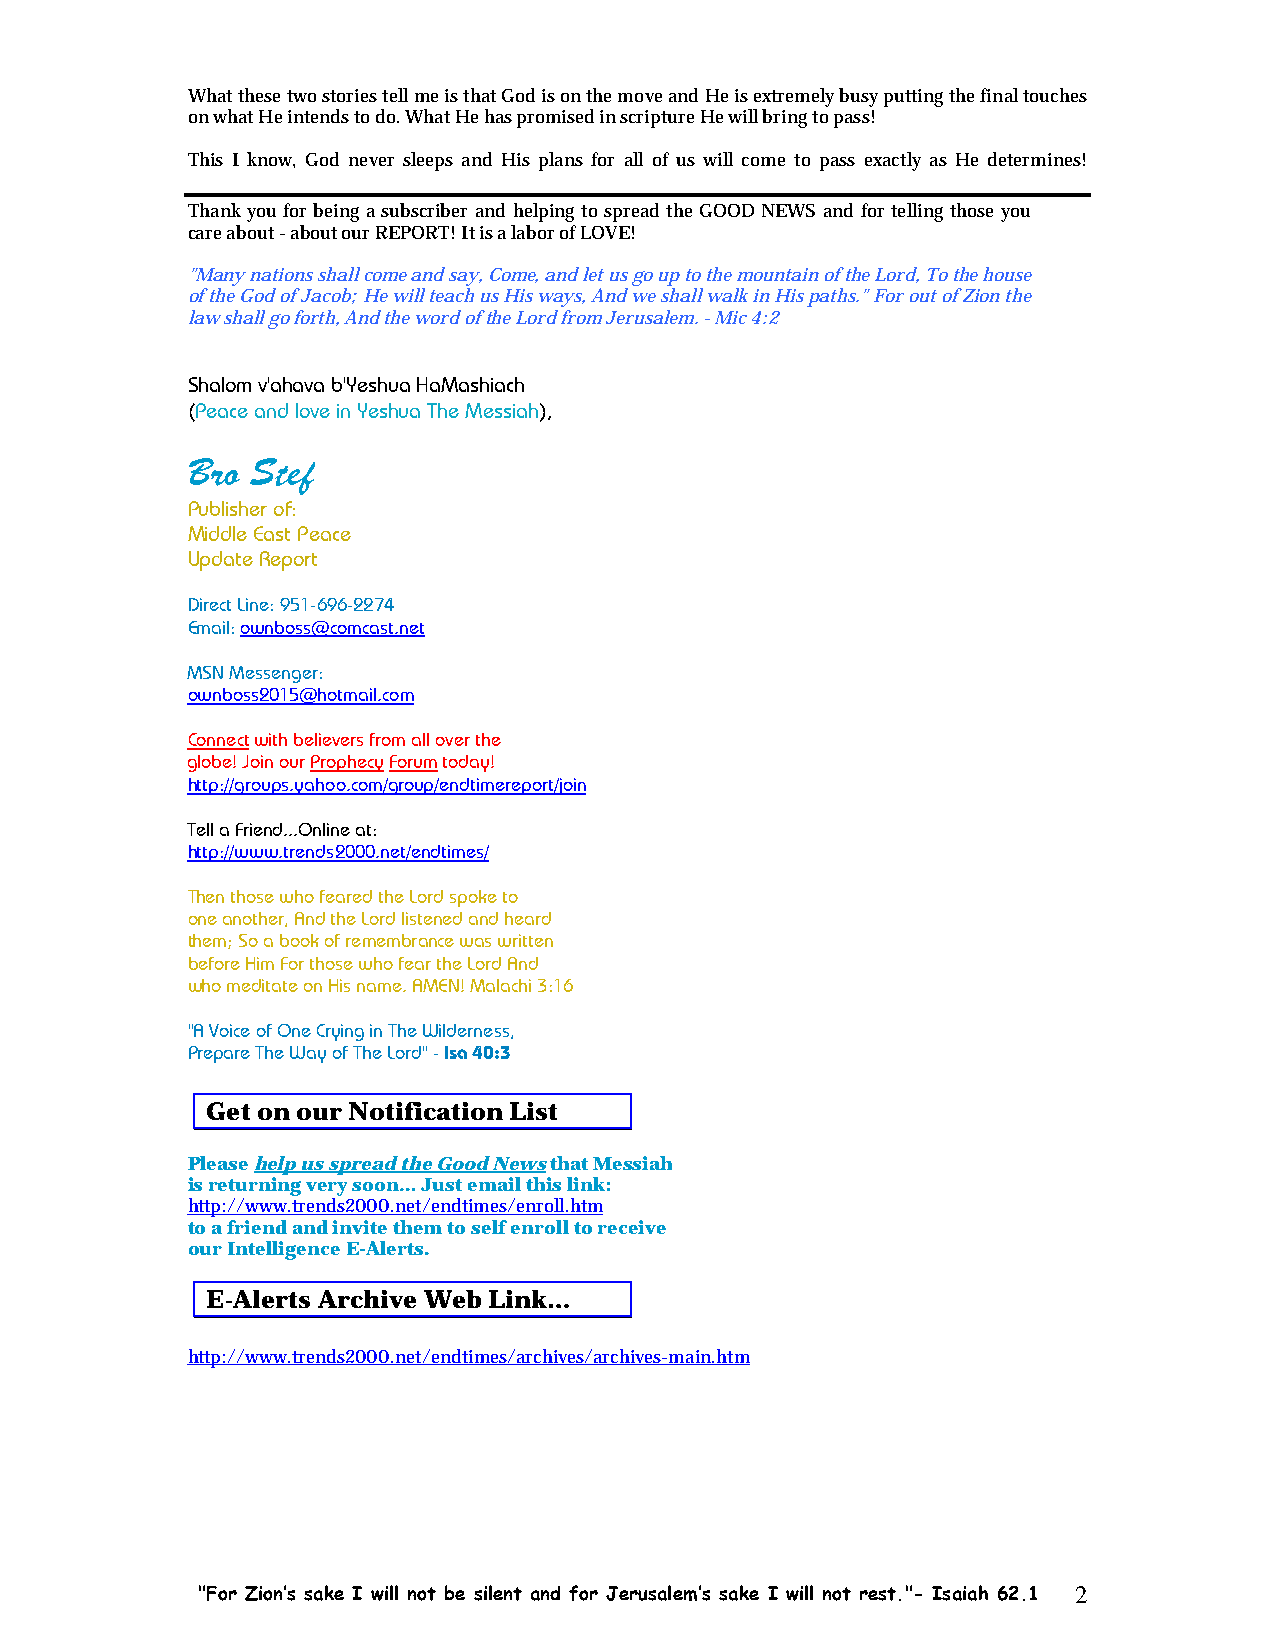
What these two stories tell me is that God is on the move and He is extremely busy putting the final touches
 on what He intends to do. What He has promised in scripture He will bring to pass!
 This I know, God never sleeps and His plans for all of us will come to pass exactly as He determines!
 Thank you for being a subscriber and helping to spread the GOOD NEWS and for telling those you
 care about - about our REPORT! It is a labor of LOVE!
 "Many nations shall come and say, Come, and let us go up to the mountain of the Lord, To the house
 of the God of Jacob; He will teach us His ways, And we shall walk in His paths." For out of Zion the
 law shall go forth, And the word of the Lord from Jerusalem. - Mic 4:2
 Shalom v'ahava b'Yeshua HaMashiach
 (Peace and love in Yeshua The Messiah),
 Bro  Stef
 Publisher of:
 Middle East Peace
 Update Report
 Direct Line: 951-696-2274
 Email: ownboss@comcast.net
 MSN Messenger:
 ownboss2015@hotmail.com
 Connect with believers from all over the
 globe! Join our Prophecy Forum today!
 http://groups.yahoo.com/group/endtimereport/join
 Tell a Friend...Online at:
 http://www.trends2000.net/endtimes/
 Then those who feared the Lord spoke to
 one another, And the Lord listened and heard
 them; So a book of remembrance was written
 before Him For those who fear the Lord And
 who meditate on His name. AMEN! Malachi 3:16
 "A Voice of One Crying in The Wilderness,
 Prepare The Way of The Lord" - Isa 40:3
 Get on our Notification List
 Please help us spread the Good News that Messiah
 is returning very soon… Just email this link:
 http://www.trends2000.net/endtimes/enroll.htm
 to a friend and invite them to self enroll to receive
 our Intelligence E-Alerts.
 E-Alerts Archive Web Link…
 http://www.trends2000.net/endtimes/archives/archives-main.htm
 "For Zion’s sake I will not be silent and for Jerusalem’s sake I will not rest."- Isaiah 62.1 2